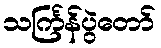
သင်္ကြန်ပွဲတော်